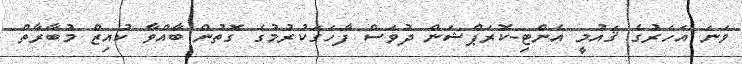
ވަނަ އަހަރުގެ ޤައުމީ އެންޓި-ކޮރަޕްޝަން ދުވަސް ފާހަގަކުރުމުގެ ގޮތުން ބާއްވާ ކުއިޒް މުބާރާތް